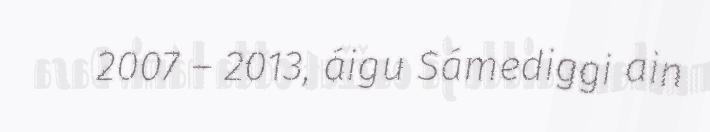
2007 – 2013, áigu Sámediggi ain